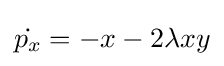
{\dot {p_{x}}}=-x-2\lambda xy